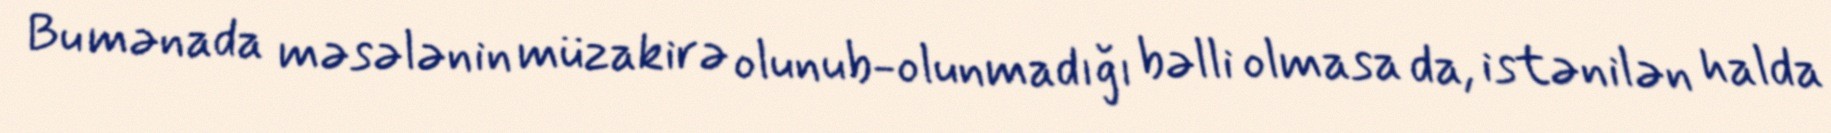
Bu mənada məsələnin müzakirə olunub-olunmadığı bəlli olmasa da, istənilən halda